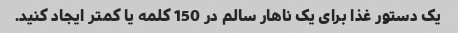
یک دستور غذا برای یک ناهار سالم در 150 کلمه یا کمتر ایجاد کنید.